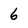
Character: 6